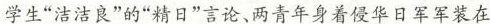
学生”洁洁良”的”精日”言论、两青年身着侵华日军军装在